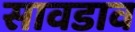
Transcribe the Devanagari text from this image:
सावडाव